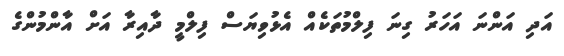
އަދި އަންނަ އަހަރު ގިނަ ފިލްމުތަކެއް އެޅުވިޔަސް ފިލްމީ ދާއިރާ އަށް އާންމުންގެ